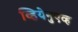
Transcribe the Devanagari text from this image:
व्हियेनुएव्ह